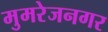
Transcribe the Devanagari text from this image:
मुमरेजनगर